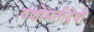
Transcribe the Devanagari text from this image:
यशोमतीदेवी